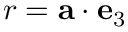
r = \mathbf { a } \cdot \mathbf { e } _ { 3 }